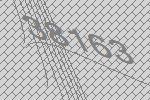
38163